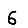
Digit: 6